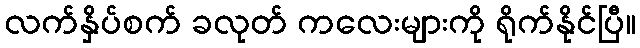
လက်နှိပ်စက် ခလုတ် ကလေးများကို ရိုက်နိုင်ပြီ။